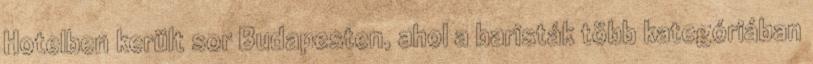
Hotelben került sor Budapesten, ahol a baristák több kategóriában